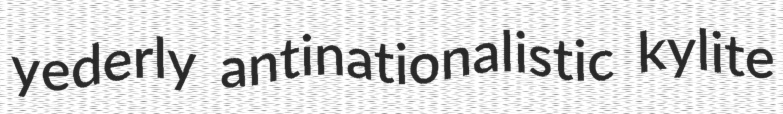
yederly antinationalistic kylite